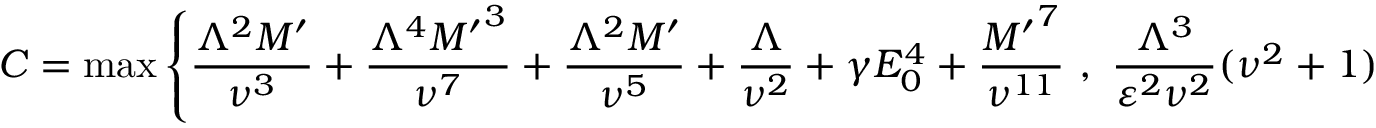
C = \operatorname* { m a x } { \left\{ \frac { \Lambda ^ { 2 } M ^ { \prime } } { \nu ^ { 3 } } + \frac { \Lambda ^ { 4 } { M ^ { \prime } } ^ { 3 } } { \nu ^ { 7 } } + \frac { \Lambda ^ { 2 } M ^ { \prime } } { \nu ^ { 5 } } + \frac { \Lambda } { \nu ^ { 2 } } + \gamma E _ { 0 } ^ { 4 } + \frac { { M ^ { \prime } } ^ { 7 } } { \nu ^ { 1 1 } } \ , \ \frac { \Lambda ^ { 3 } } { \varepsilon ^ { 2 } \nu ^ { 2 } } ( \nu ^ { 2 } + 1 ) \right\} }